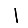
Digit: 1